Lunatic asylums in Bengal annual reports 1912-1924 - 1912-1924
Year: 1912
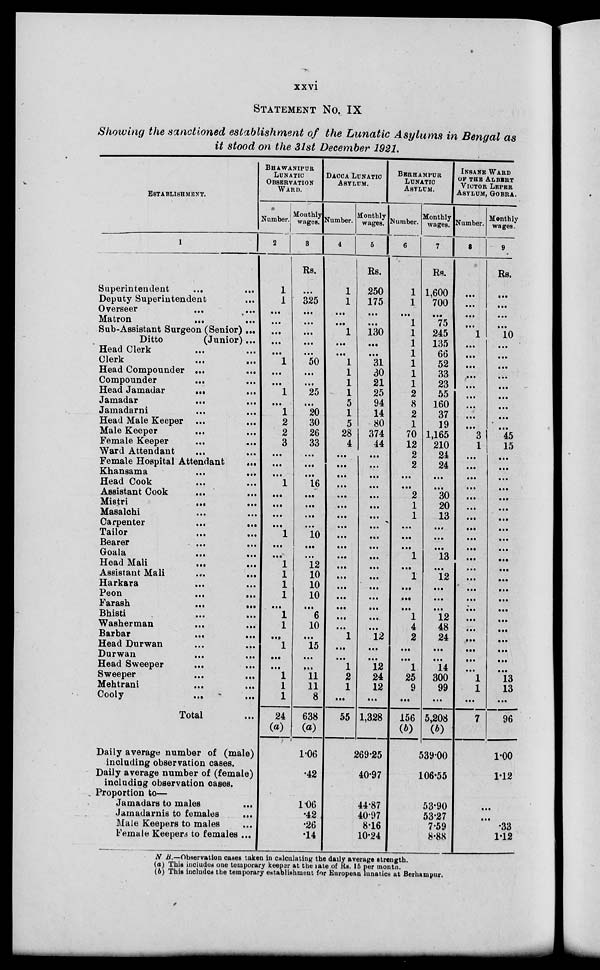
xxvi
STATEMENT No. IX
Showing the sanctioned establishment of the Lunatic Asylums in Bengal as
it stood on the 31st December 1921.
ESTABLISHMENT.
1
Superintendent
...
Deputy Superintendent ...
Overseer
...
...
Matron
...
...
Sub-Assistant Surgeon (Senior) ...
Ditto
(Junior) ...
Head Clerk ... ...
Clerk
...
...
Head Compounder ... ...
Compounder
...
...
Head Jamadar ... ...
Jamadar
...
...
Jamadarni
...
...
Head Male Keeper ... ...
Male Keeper ... ...
Female Keeper ... ...
Ward Attendant ... ...
Female Hospital Attendant ...
Khansama ... ...
Head Cook ... ...
Assistant Cook ... ...
Mistri
...
...
Masalchi ... ...
Carpenter
...
...
Tailor ... ...
Bearer
...
...
Goala
...
...
Head Mali
...
...
Assistant Mali ... ...
Harkara ... ...
Peon
...
...
Farash
...
...
Bhisti ... ...
Washerman ... ...
Barbar
...
...
Head Durwan ... ...
Durwan ... ...
Head Sweeper ... ...
Sweeper
...
...
Mehtrani
...
...
Cooly ... ...
Total ...
Daily average number of (male)
including observation cases.
Daily average number of (female)
including observation cases.
Proportion to—
Jamadars to males ...
Jamadarnis to females ...
Male Keepers to males ...
Female Keepers to females ...
BHAWANIPUR
LUNATIC
OBSERVATION
WARD.
Number.
2
1
1
...
...
...
...
...
1
...
...
1
...
1
2
2
3
...
...
...
1
...
...
...
...
1
...
...
1
1
1
1
...
1
1
...
1
...
...
1
1
1
24
(a)
Monthly
wages.
3
Rs.
...
325
...
...
...
...
...
50
...
...
25
...
20
30
26
33
...
...
...
16
...
...
...
...
10
...
...
12
10
10
10
...
6
10
...
15
...
...
11
11
8
638
(a)
1.06
42
1.06
.42
.26
.14
DACCA LUNATIC
ASYLUM.
Number.
4
1
1
...
...
1
...
...
1
1
1
1
5
1
5
28
4
...
...
...
...
...
...
...
...
...
...
...
...
...
...
...
...
...
...
1
...
...
1
2
1
...
55
Monthly
wages.
5
Rs.
250
175
...
...
130
...
...
31
30
21
25
94
14
80
374
44
...
...
...
...
...
...
...
...
...
...
...
...
...
...
...
...
...
...
12
...
...
12
24
12
...
1,328
269.25
40.97
44.87
40.97
8.16
10.24
BERHAMPUR
LUNATIC
ASYLUM.
Number.
6
1
1
...
1
1
1
1
1
1
1
2
8
2
1
70
12
2
2
...
...
2
1
1
...
...
...
1
...
1
...
...
...
1
4
2
...
...
1
25
9
...
156
(b)
Monthly
wages.
7
Rs.
1,600
700
...
75
245
135
66
52
33
23
55
160
37
19
1,165
210
24
24
...
...
30
20
13
...
...
...
13
...
12
...
...
...
12
48
24
...
...
14
300
99
...
5,208
(b)
539.00
106.55
53.90
53.27
7.59
8.88
I NSANE
WARD
OF THE ALBERT
VICTOR LEPER
ASYLUM, GOBRA.
Number.
8
...
...
...
...
1
...
...
...
...
...
...
...
...
...
3
1
...
...
...
...
...
...
...
...
...
...
...
...
...
...
...
...
...
...
...
...
...
...
1
1
...
7
Monthly
wages.
9
Rs.
...
...
...
...
10
...
...
...
...
...
...
...
...
...
45
15
...
...
...
...
...
...
...
...
...
...
...
...
...
...
...
...
...
...
...
...
...
...
13
13
...
96
1.00
1.12
...
...
.33
1.12
N. B.—Observation cases taken in calculating the daily average strength.
(a) This includes one temporary keeper at the rate of Rs. 15 per months.
(b) This includes the temporary establishment for European lunatics at Berhampur.